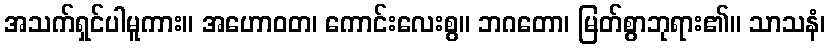
အသက်ရှင်ပါမူကား။ အဟောဝတ၊ ကောင်းလေးစွ။ ဘဂတော၊ မြတ်စွာဘုရား၏။ သာသနံ၊